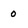
Character: 0